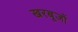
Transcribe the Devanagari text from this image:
खरबूजों